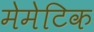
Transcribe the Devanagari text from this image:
मेमेटिक